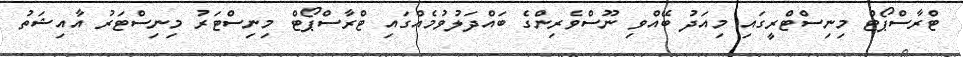
ޓްރާސްޕޯޓް މިނިސްޓްރީގައި މިއަދު ބޭއްވި ނޫސްވެރިންގެ ބައްދަލުވުމެއްގައި ޓްރާސްޕޯޓް މިނިސްޓަރު މިނިސްޓަރު އާއިޝަތު